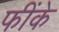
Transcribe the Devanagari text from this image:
फींके